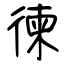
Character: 徚